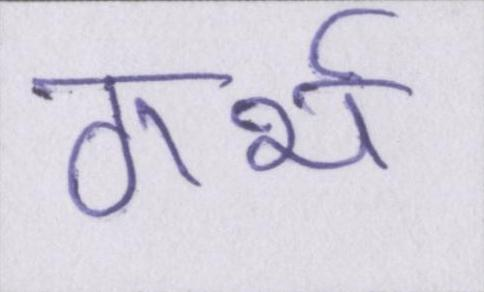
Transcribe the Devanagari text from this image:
गर्भ